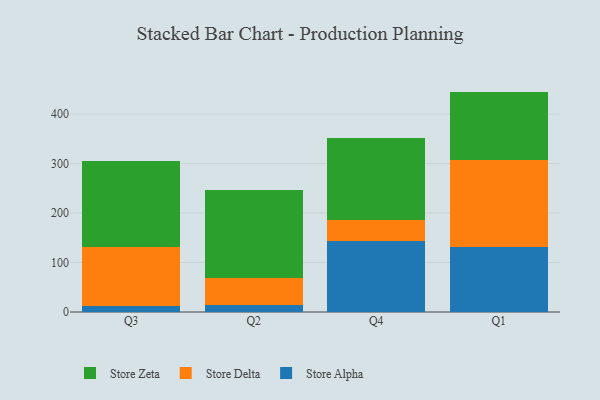
{"axis": {"x": "Quarter", "y": "Temperature (°C)"}, "legend": ["Store Alpha", "Store Delta", "Store Zeta"], "data": [{"x": "Q3", "y": 11.8, "type": "Store Alpha"}, {"x": "Q3", "y": 118.7, "type": "Store Delta"}, {"x": "Q3", "y": 174.2, "type": "Store Zeta"}, {"x": "Q2", "y": 14.7, "type": "Store Alpha"}, {"x": "Q2", "y": 53.3, "type": "Store Delta"}, {"x": "Q2", "y": 179.3, "type": "Store Zeta"}, {"x": "Q4", "y": 142.6, "type": "Store Alpha"}, {"x": "Q4", "y": 42.9, "type": "Store Delta"}, {"x": "Q4", "y": 165.2, "type": "Store Zeta"}, {"x": "Q1", "y": 132.2, "type": "Store Alpha"}, {"x": "Q1", "y": 174.3, "type": "Store Delta"}, {"x": "Q1", "y": 138.9, "type": "Store Zeta"}]}